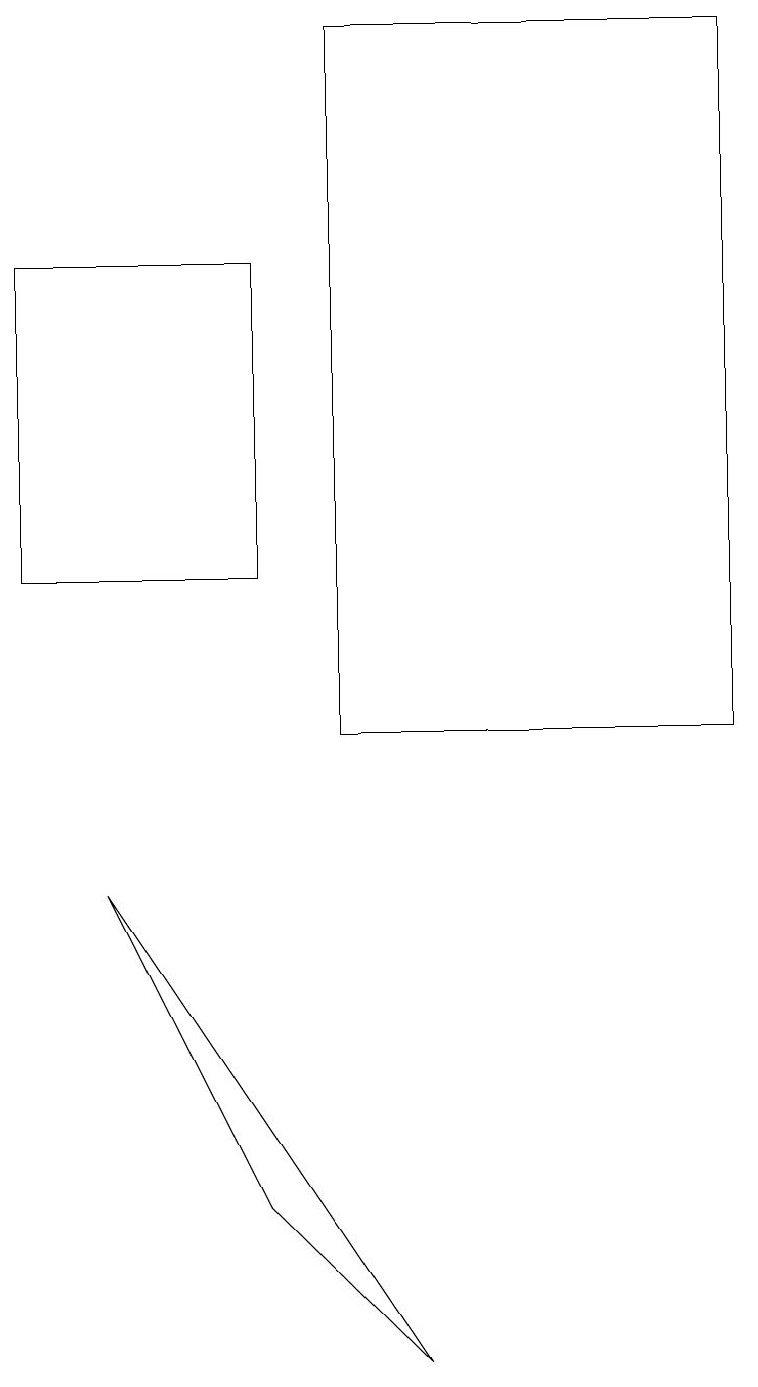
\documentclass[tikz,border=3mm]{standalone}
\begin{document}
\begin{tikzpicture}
\draw (3,16) rectangle (0,12);
\draw (4,10) rectangle (9,19);
\draw (3,4) -- (5,2) -- (1,8) -- cycle;
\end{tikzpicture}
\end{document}